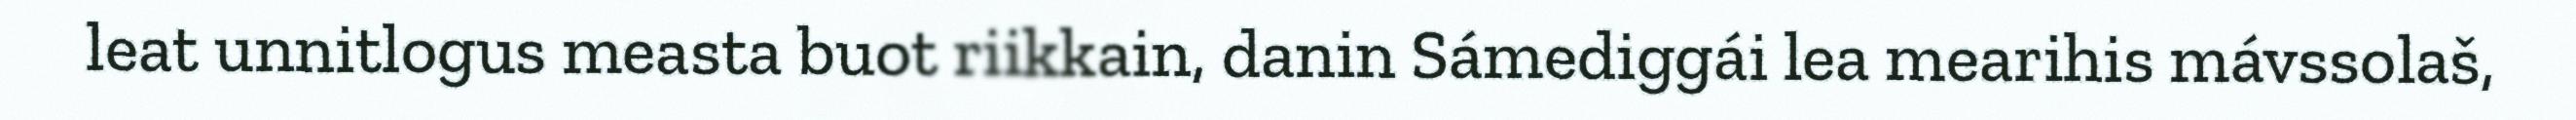
leat unnitlogus measta buot riikkain, danin Sámediggái lea mearihis mávssolaš,